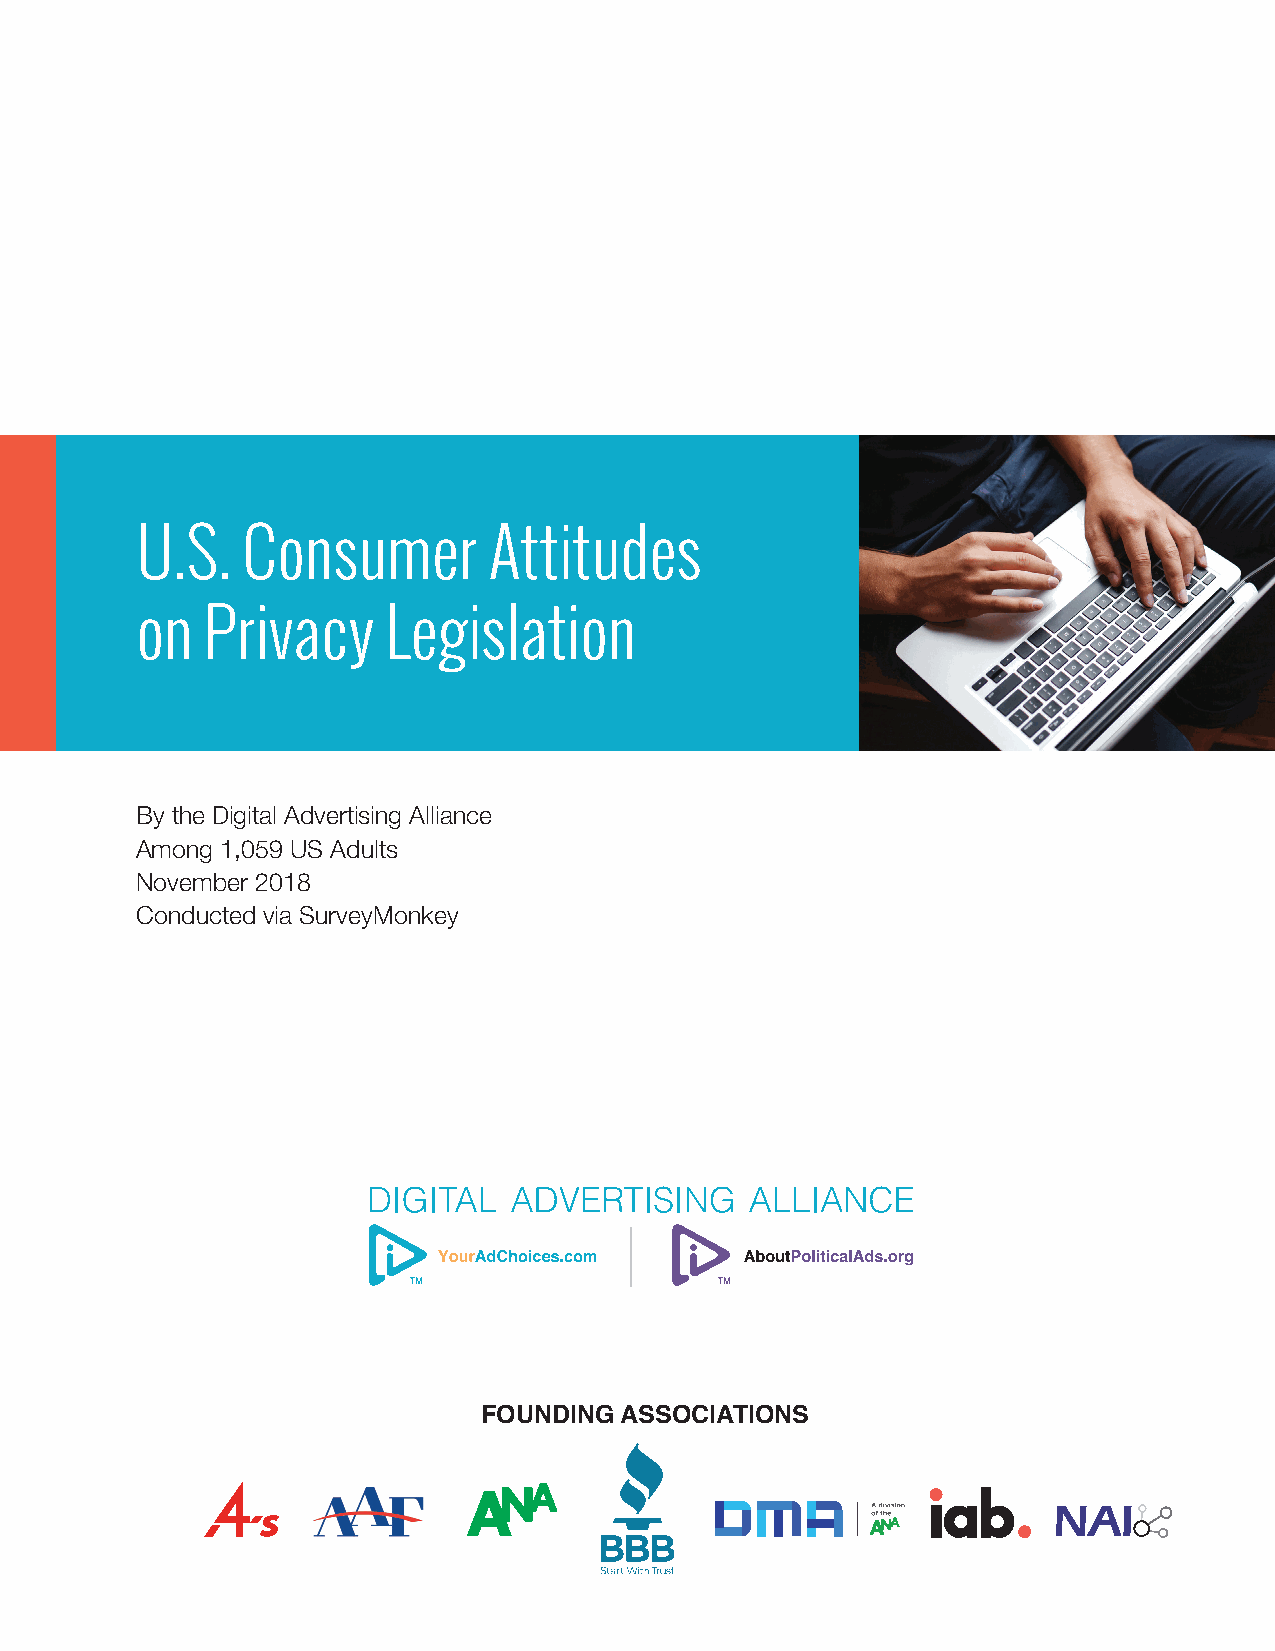
U.S.   Consumer        Attitudes
 on  Privacy      Legislation
 By the Digital Advertising Alliance
 Among 1,059 US Adults
 November 2018
 Conducted via SurveyMonkey
 FOUNDING ASSOCIATIONS